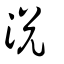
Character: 涗